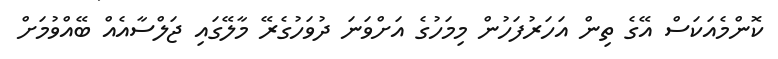
ކޮންމެއަކަސް އޭގެ ތިން އަހަރުފަހުން މިމަހުގެ އަށްވަނަ ދުވަހުގެރޭ މާލޭގައި ޖަލްސާއެއް ބޭއްވުމަށް